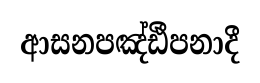
ආසනපඤ්ඪීපනාදී